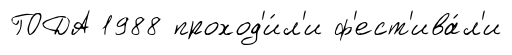
ГОДА 1988 проход'и́л'и ф'ест'ива́л'и